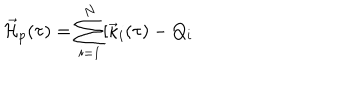
LaTeX: { { \cal \vec { H } } } _ { p } ( \tau ) = \sum _ { i = 1 } ^ { N } [ { \vec { \kappa } } _ { i } ( \tau ) - Q _ { i }